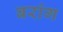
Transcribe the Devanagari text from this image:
बरांग